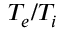
T _ { e } / T _ { i }